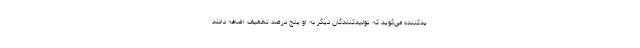
یدکننده می‌گوید که تولیدکنندگان دیگر به او پنج درصد تخفیف اضافه دادند